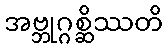
အဗ္ဘုဂ္ဂစ္ဆိဿတိ